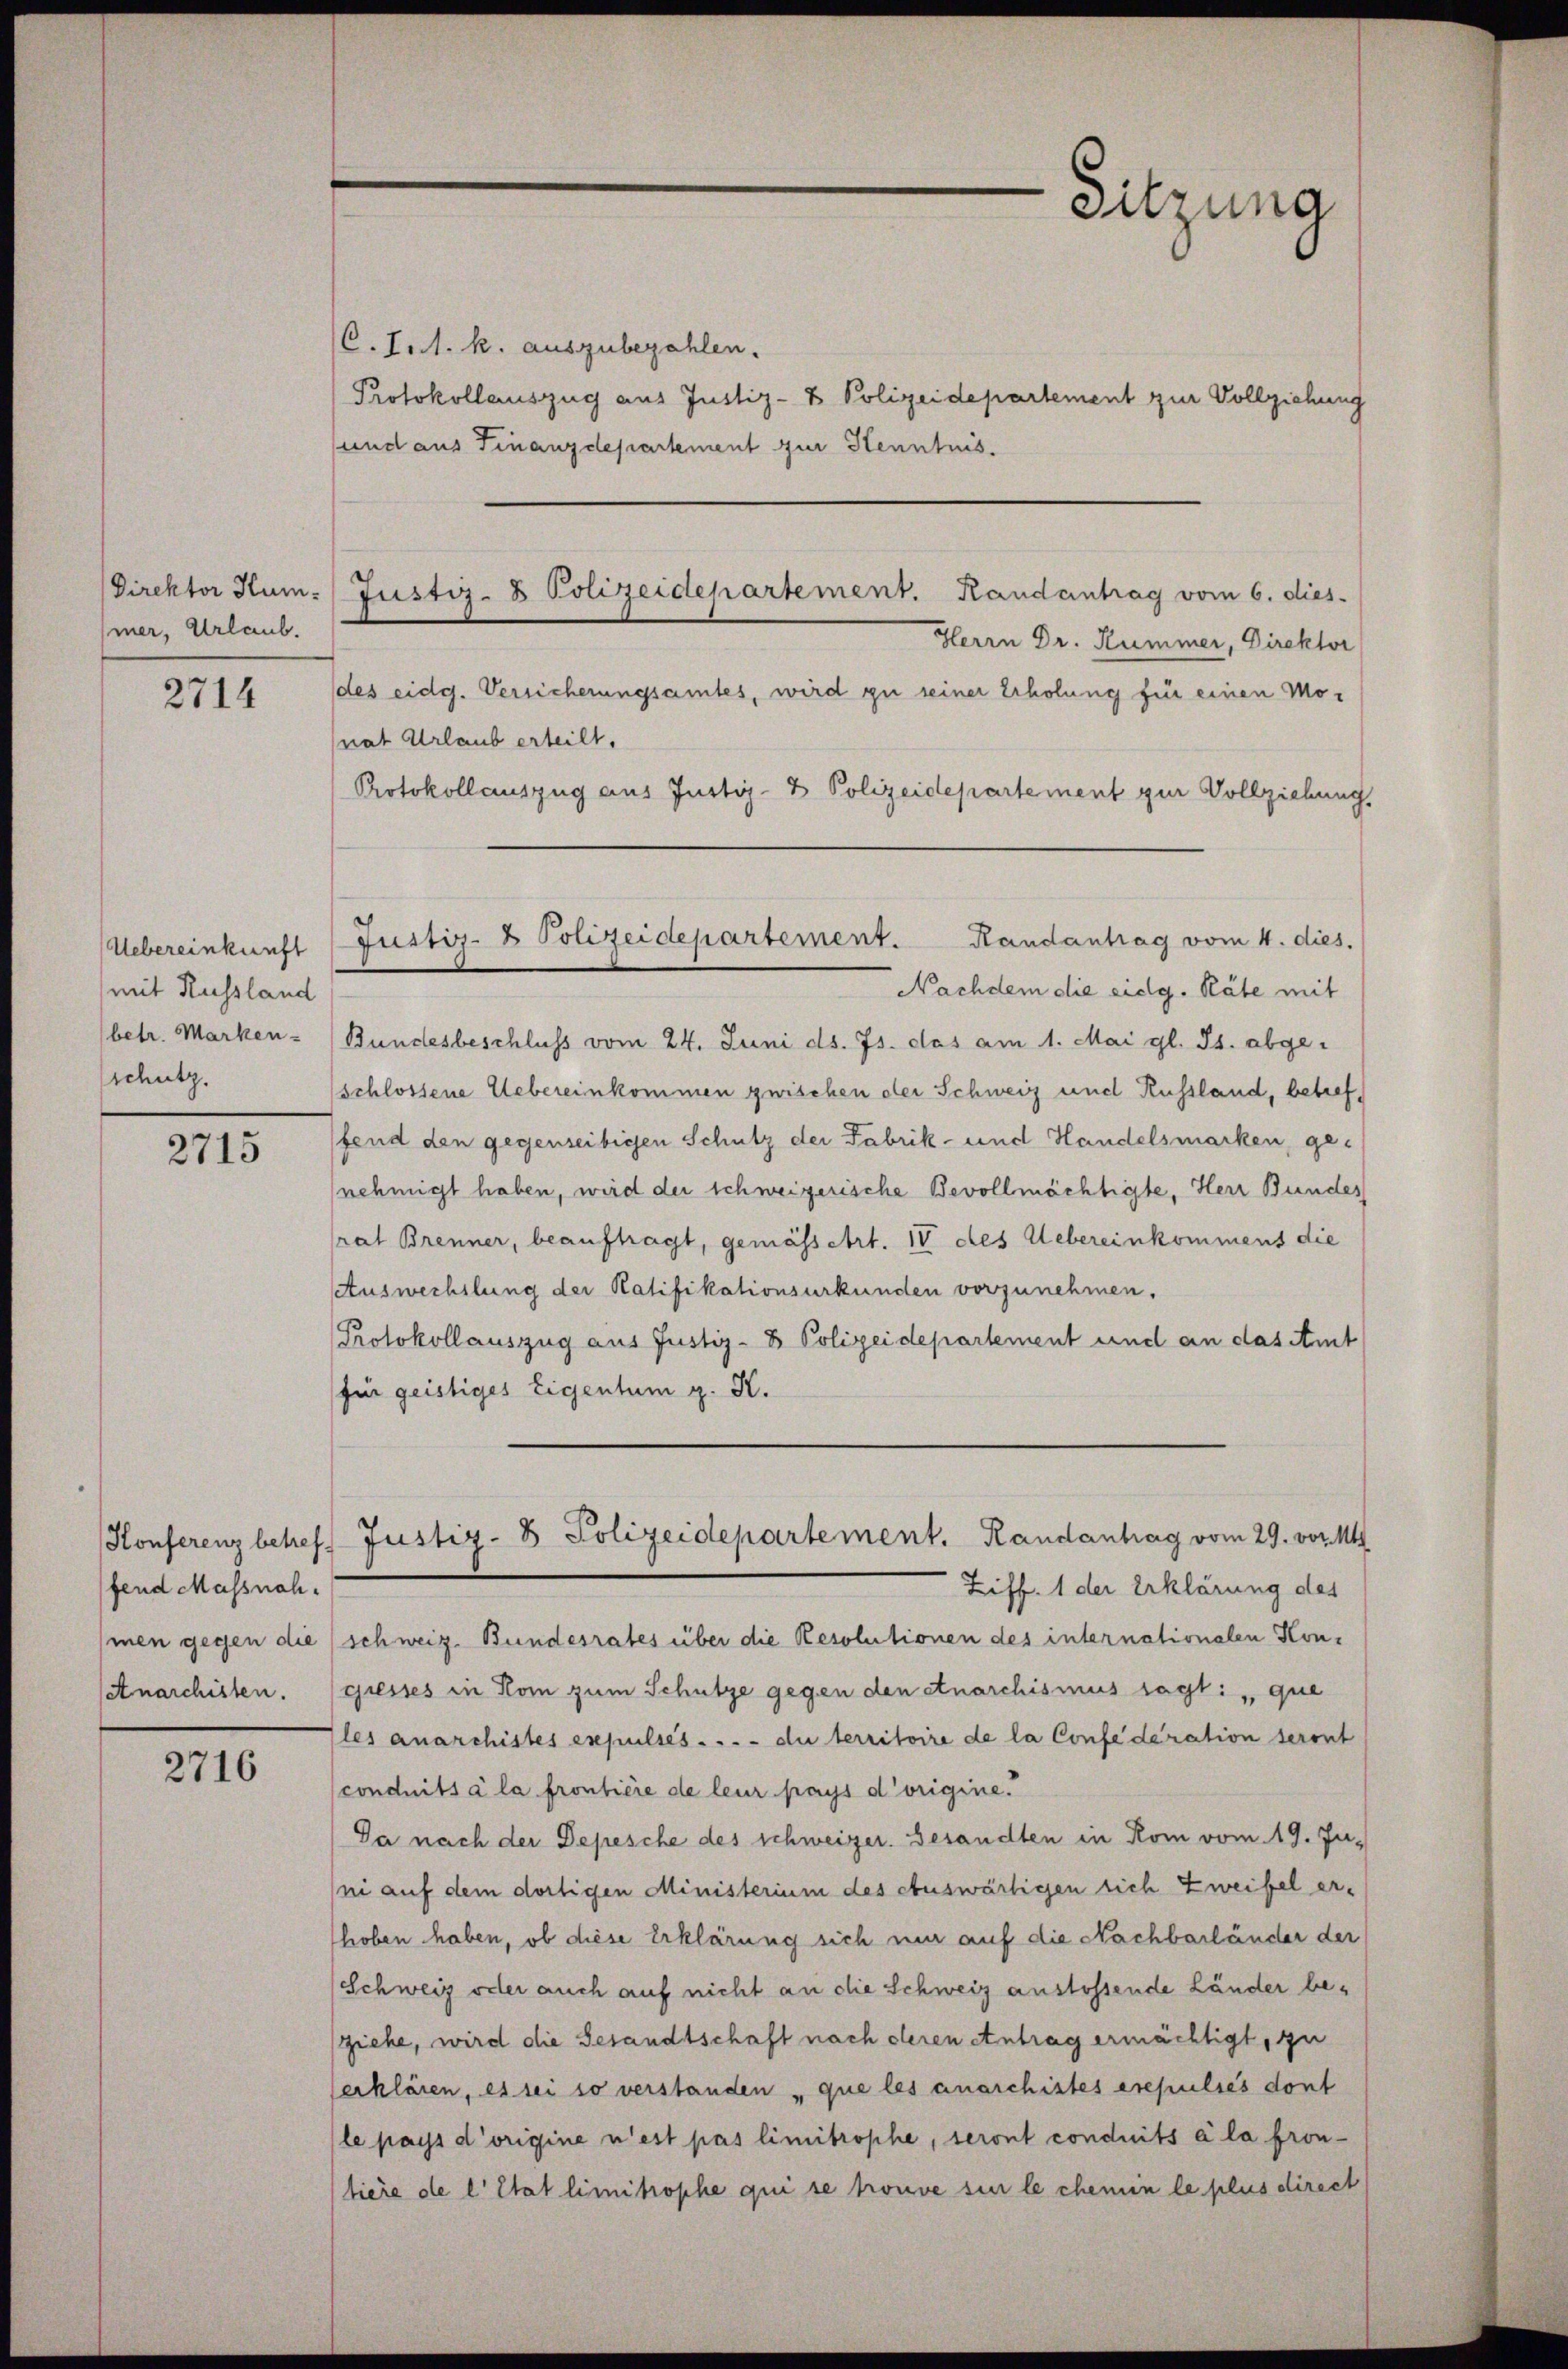
Direktor Hummer, Urlaub.

2714

Uebereinkunft
mit Russland
betr. Marken-
sschutz.

2715

fend Massnahhmen gegen die
Anarchisten.

2716

Justiz- & Polizeidepartement. Randantrag vom 6. dies

Justiz- & Polizeidepartement. Randantrag vom 4. dies.

Sitzung

(C.I.1. k. auszubezahlen.
Protokollauszug aus Justiz- & Polizeidepartement zur Vollziehung
und aus Finanzdepartement zur Henntnis.
Herrn Dr. Kummer, Direktor
des eidg. Versicherungsamtes, wird zu seiner Erholung für einen Monat Urlaub erteilt.
Protokollauszug aus Justiz- & Polizeidepartement zur Vollziehung.
Nachdem die eidg. Räte mit
Bundesbeschluss vom 24. Juni d. Js. das am 1. Mai gl. Js. abgeschlossene Uebereinkommen zwischen der Schweiz und Russland, betreffend den gegenseitigen Schutz der Fabrik- und Handelsmarken, ge-
nehmigt haben, wird der schweizerische Bevollmächtigte, Herr Bundes
rat Brenner, beauftragt, gemässert. IV des Uebereinkommens die
Auswechslung der Ratifikationsurkunden vorzunehmen.
Protokollauszug aus Justiz- & Polizeidepartement und an das Amt
für geistiges Eigentum g. K.
Konferenz betreff Justiz- & Polizeidepartement. Randantrag vom 29. vor. M
Ziff. 1 der Erklärung des
schweiz. Bundesrates über die Resolutionen des internationalen Hongiesses in Kom zum Schutze gegen den Anarchismus sagt: ,, que
les anarchistes expulses . . . . du territoire de la Confederation seront
conduits à la frontiere de leur pays d’origine.
Da nach der Depesche des schweizer. Besandten in Rom vom 19. Juni auf dem dortigen Ministerium des auswärtigen sich Zweifel er-
hoben haben, ob diese Erklärung sich nur auf die Nachbarländer der
Schweiz oder auch auf nicht an die Schweiz anstossende Länder beziehe, wird die Gesandtschaft nach deren Antrag ermächtigt, zu
erklären, es sei so verstanden „que les anarchistes erepulies dont
le pays d’origine n’est pas limitrophe, seront conduits à la fron-
(tiere de l’Etat limitrophe qui se trouve sie le chemin le plus direct